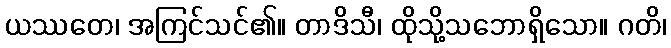
ယဿတေ၊ အကြင်သင်၏။ တာဒိသီ၊ ထိုသို့သဘောရှိသော။ ဂတိ၊